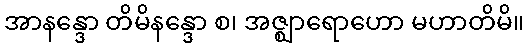
အာနန္ဒော တိမိနန္ဒော စ၊ အဇ္ဈာရောဟော မဟာတိမိ။